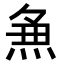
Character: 𭵈